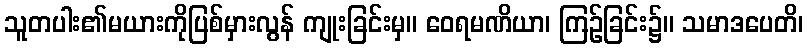
သူတပါး၏မယားကိုပြစ်မှားလွန် ကျုးခြင်းမှ။ ဝေရမဏိယာ၊ ကြဉ်ခြင်း၌။ သမာဒပေတိ၊